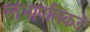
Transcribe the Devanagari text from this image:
स्तंभापलिकडे